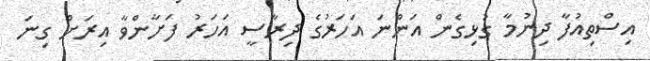
އިސްތިއުފާ ދިނުމާ ގުޅިގެން އަންނަ އަހަރުގެ ދިރާސީ އަހަރު ފަށާންވާ އިރަށް ގިނަ